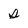
Character: s